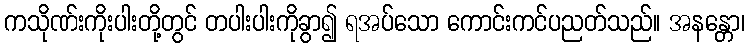
ကသိုဏ်းကိုးပါးတို့တွင် တပါးပါးကိုခွာ၍ ရအပ်သော ကောင်းကင်ပညတ်သည်။ အနန္တော၊